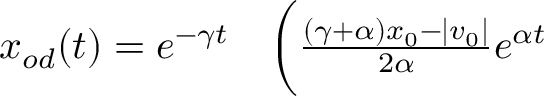
\begin{array} { r l } { x _ { o d } ( t ) = e ^ { - \gamma t } } & { { } \biggl ( \frac { ( \gamma + \alpha ) x _ { 0 } - | v _ { 0 } | } { 2 \alpha } e ^ { \alpha t } } \end{array}